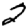
Digit: 2